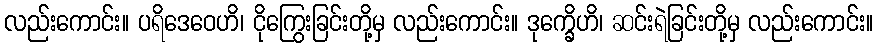
လည်းကောင်း။ ပရိဒေဝေဟိ၊ ငိုကြွေးခြင်းတို့မှ လည်းကောင်း။ ဒုက္ခေိဟိ၊ ဆင်းရဲခြင်းတို့မှ လည်းကောင်း။